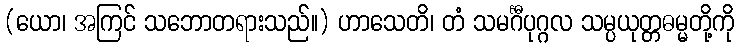
(ယော၊ အကြင် သဘောတရားသည်။) ဟာသေတိ၊ တံ သမင်္ဂီပုဂ္ဂလ သမ္ပယုတ္တဓမ္မတို့ကို